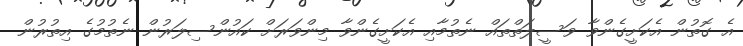
އެ ގޮތުން އެކަށީގެންވާ ވަސީލަތްތައް ނެތުމާއި އެކަށީގެންވާ މިންވަރަށް ކައުންސިލަރުން ނެތުމުގެ އިތުރުން